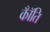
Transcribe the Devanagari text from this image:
कॉँति